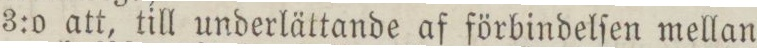
3:o att, till underlättande af förbindelſen mellan